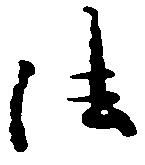
法